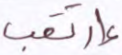
إرتقب